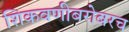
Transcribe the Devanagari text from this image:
शिकवणीबरोबरच